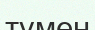
түмен